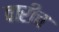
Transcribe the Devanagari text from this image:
वारीच